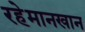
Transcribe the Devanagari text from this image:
रहेमानखान